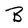
Character: B